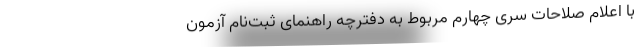
با اعلام صلاحات سری چهارم مربوط به دفترچه‌ راهنمای ثبت‌نام آزمون